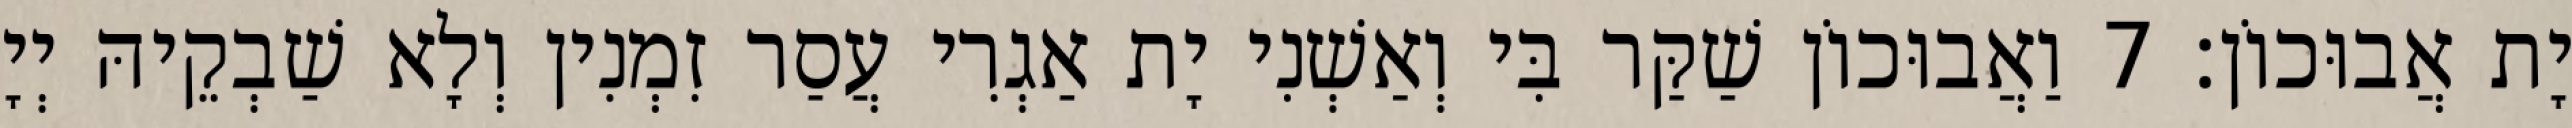
יָת אֲבוּכוֹן׃ 7 וַאֲבוּכוֹן שַׁקַּר בִּי וְאַשְׁנִי יָת אַגְרִי עֲסַר זִמְנִין וְלָא שַׁבְקֵיהּ יְיָ